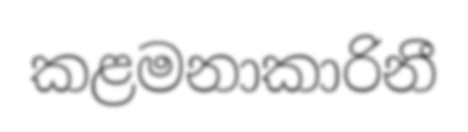
කළමනාකාරිනී